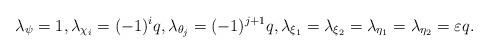
LaTeX: \begin{align*}\lambda_\psi=1,\lambda_{\chi_i}=(-1)^{i}q,\lambda_{\theta_j}=(-1)^{j+1}q,\lambda_{\xi_1}=\lambda_{\xi_2}=\lambda_{\eta_1}=\lambda_{\eta_2}=\varepsilon q.\end{align*}